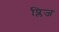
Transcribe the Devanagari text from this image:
प्लिज